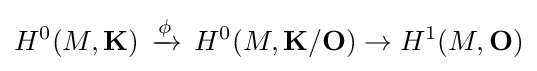
H^{0}(M,\mathbf {K} )\,\xrightarrow {\phi } \,H^{0}(M,\mathbf {K} /\mathbf {O} )\to H^{1}(M,\mathbf {O} )